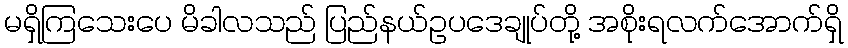
မရှိကြသေးပေ မိခါလသည် ပြည်နယ်ဥပဒေချုပ်တို့ အစိုးရလက်အောက်ရှိ